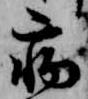
病